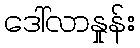
ဒေါ်လာနှုန်း